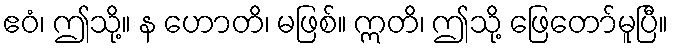
ဧဝံ၊ ဤသို့။ န ဟောတိ၊ မဖြစ်။ ဣတိ၊ ဤသို့ ဖြေတော်မူပြီ။